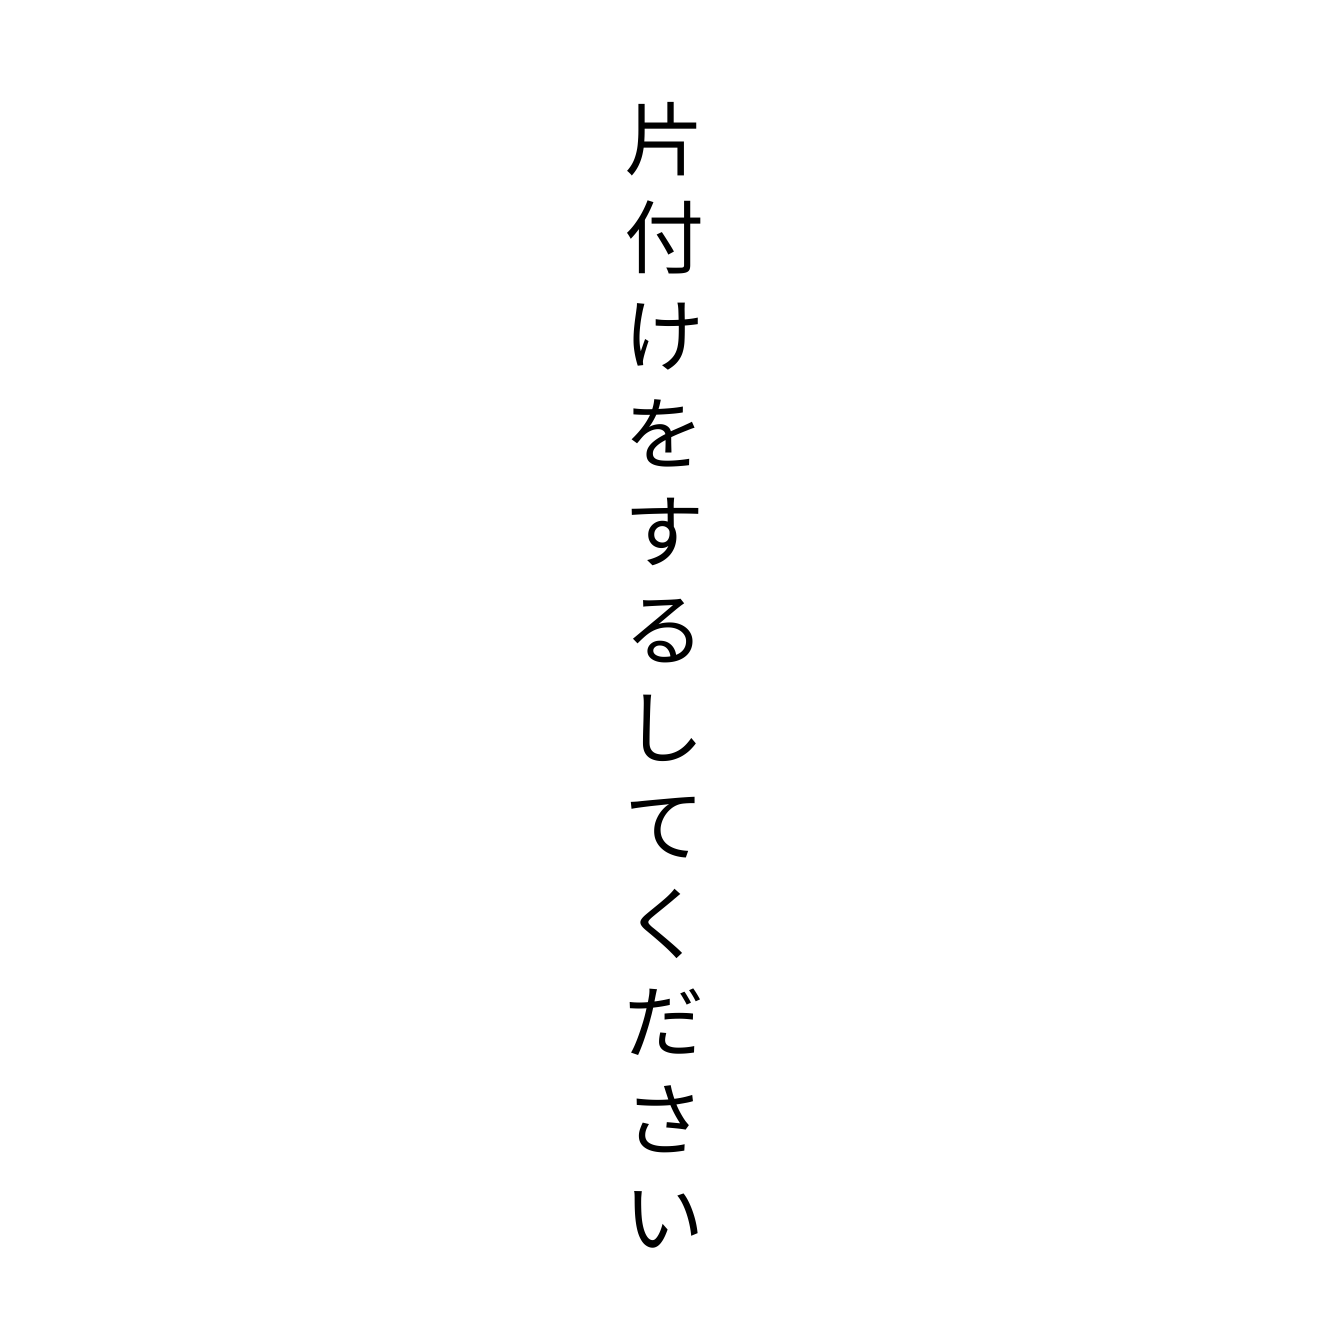
片付けをするしてください